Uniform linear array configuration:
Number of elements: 48
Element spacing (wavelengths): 1
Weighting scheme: cosine
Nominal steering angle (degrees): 30
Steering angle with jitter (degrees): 31.386
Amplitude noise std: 0.05
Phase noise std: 0.05

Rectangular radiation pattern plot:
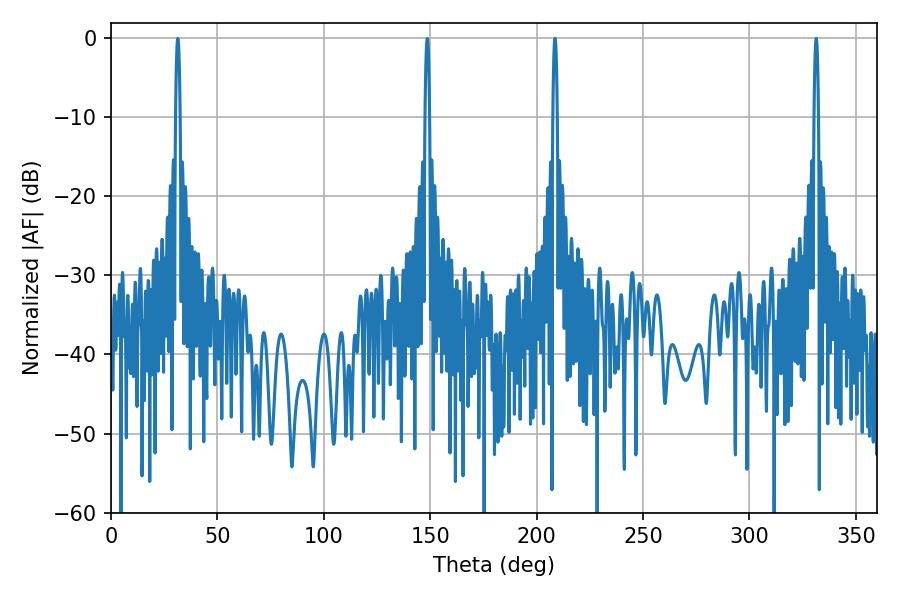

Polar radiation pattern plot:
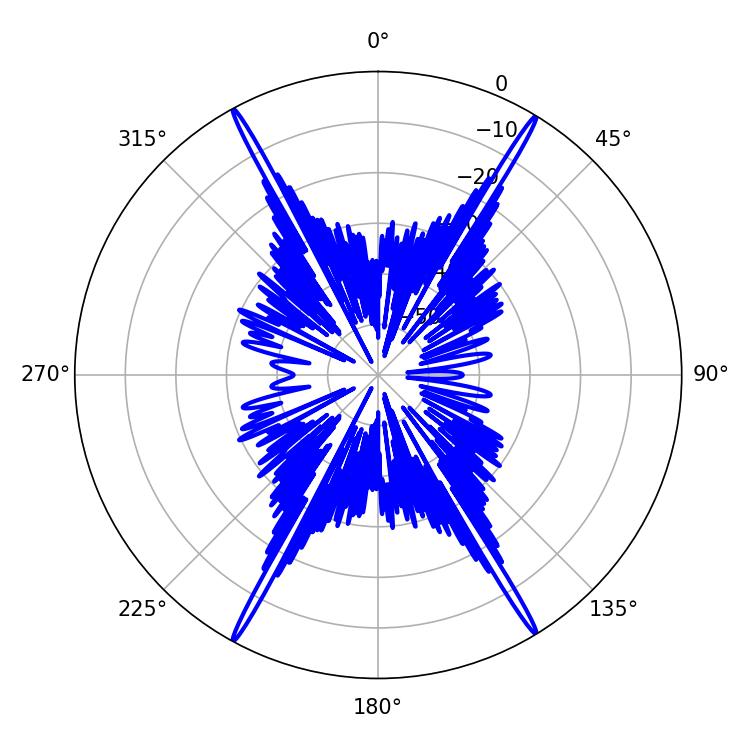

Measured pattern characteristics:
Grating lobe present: TRUE
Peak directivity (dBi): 29.025
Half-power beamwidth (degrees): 1.08
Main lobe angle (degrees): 331.38